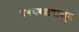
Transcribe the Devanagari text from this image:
धबधब्यापासून